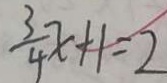
\frac { 3 } { 4 } x + 1 = 2